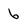
Character: 6